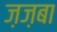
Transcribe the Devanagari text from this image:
ज़ज़बा